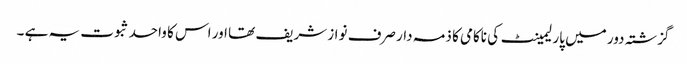
گزشتہ دور میں پارلیمینٹ کی ناکامی کا ذمہ دار صرف نواز شریف تھا اور اس کا واحد ثبوت یہ ہے ۔